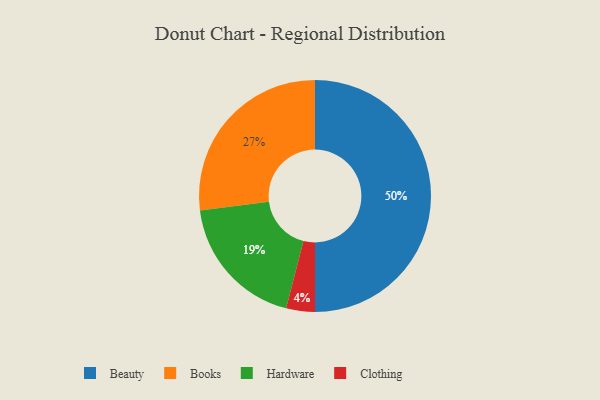
{"axis": {"x": "Category", "y": "Percentage"}, "legend": ["Beauty", "Books", "Clothing", "Hardware"], "data": [{"x": "Beauty", "y": 50, "type": "Beauty"}, {"x": "Clothing", "y": 4, "type": "Clothing"}, {"x": "Hardware", "y": 19, "type": "Hardware"}, {"x": "Books", "y": 27, "type": "Books"}]}